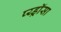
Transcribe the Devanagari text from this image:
प्य्ड्रॉसा